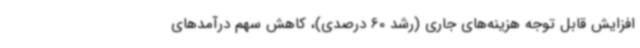
افزایش قابل توجه هزینه‌های جاری (رشد 60 درصدی)، کاهش سهم درآمدهای